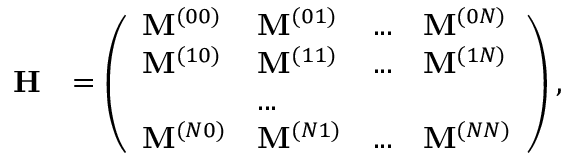
\begin{array} { r l } { \mathbf { H } } & { = \left( \begin{array} { l l l l } { \mathbf { M } ^ { ( 0 0 ) } } & { \mathbf { M } ^ { ( 0 1 ) } } & { . . . } & { \mathbf { M } ^ { ( 0 N ) } } \\ { \mathbf { M } ^ { ( 1 0 ) } } & { \mathbf { M } ^ { ( 1 1 ) } } & { . . . } & { \mathbf { M } ^ { ( 1 N ) } } \\ & { . . . } \\ { \mathbf { M } ^ { ( N 0 ) } } & { \mathbf { M } ^ { ( N 1 ) } } & { . . . } & { \mathbf { M } ^ { ( N N ) } } \end{array} \right) , } \end{array}